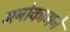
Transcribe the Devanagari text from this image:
मनोकामने